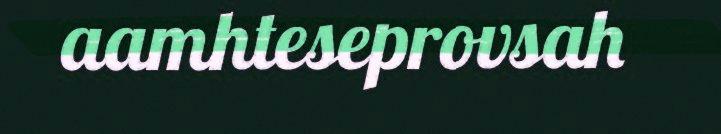
aamhteseprovsah